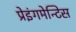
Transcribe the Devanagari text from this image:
प्रेइंगमेन्टिस